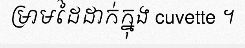
ម្រាមដៃដាក់ក្នុង cuvette ។